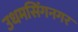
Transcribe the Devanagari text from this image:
उधमसिंगनगर